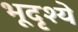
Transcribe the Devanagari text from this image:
भूदृश्ये